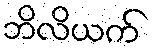
ဘိလိယက်